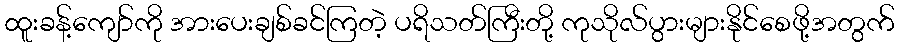
ထူးခန့်ကျော်ကို အားပေးချစ်ခင်ကြတဲ့ ပရိသတ်ကြီးတို့ ကုသိုလ်ပွားများနိုင်စေဖို့အတွက်